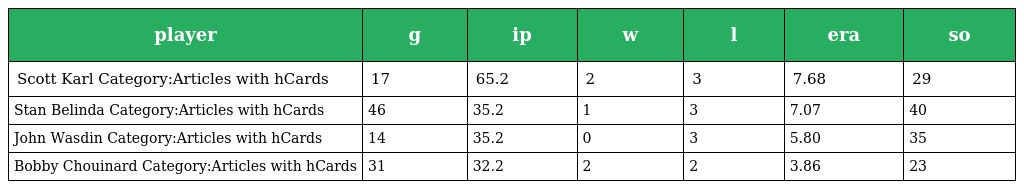
| player | g | ip | w | l | era | so |
 | --- | --- | --- | --- | --- | --- | --- |
 | Scott Karl Category:Articles with hCards | 17 | 65.2 | 2 | 3 | 7.68 | 29 |
 | Stan Belinda Category:Articles with hCards | 46 | 35.2 | 1 | 3 | 7.07 | 40 |
 | John Wasdin Category:Articles with hCards | 14 | 35.2 | 0 | 3 | 5.80 | 35 |
 | Bobby Chouinard Category:Articles with hCards | 31 | 32.2 | 2 | 2 | 3.86 | 23 |